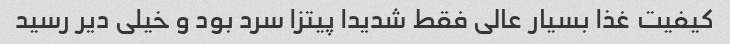
کیفیت غذا بسیار عالی فقط شدیدا پیتزا سرد بود و خیلی دیر رسید